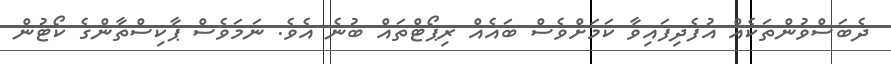
ދެބަސްވުންތަކެއް އުފެދިފައިވާ ކަމަށްވެސް ބައެއް ރިޕޯޓްތައް ބުނެ އެވެ. ނަމަވެސް ޕާކިސްތާންގެ ކޯޓުން